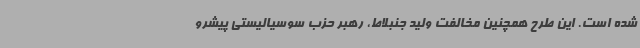
شده است. این طرح همچنین مخالفت ولید جنبلاط، رهبر حزب سوسیالیستی پیشرو